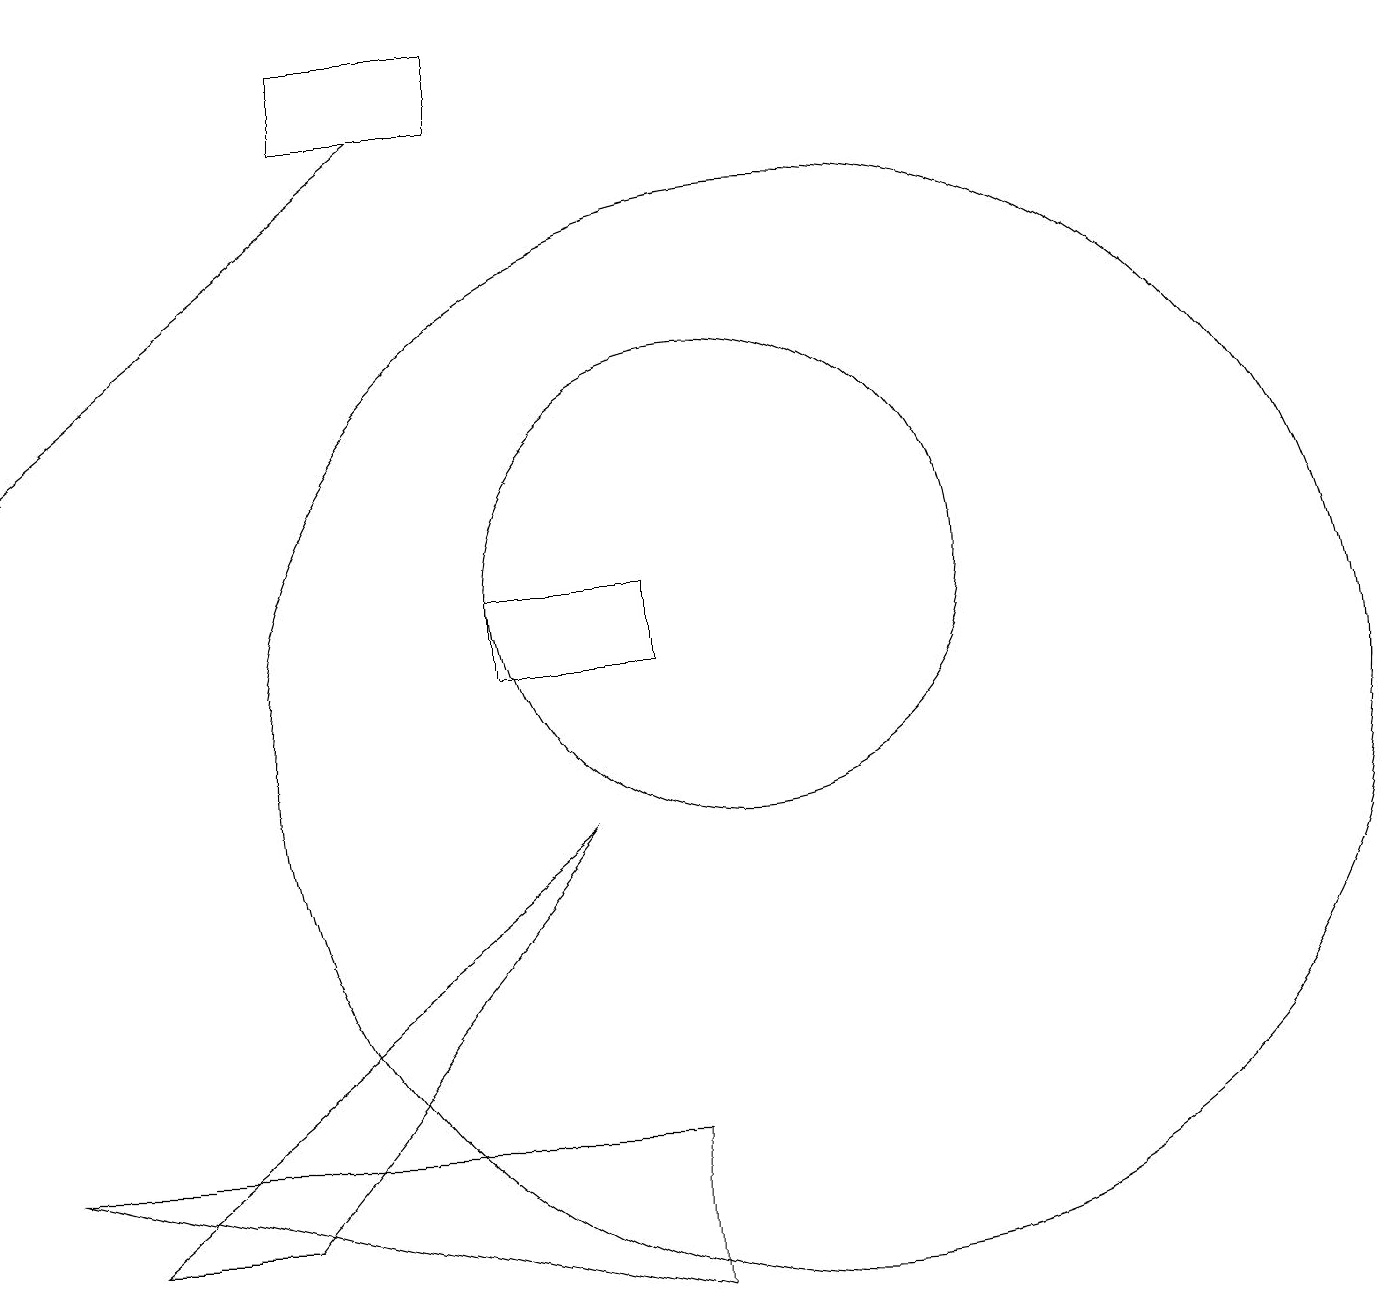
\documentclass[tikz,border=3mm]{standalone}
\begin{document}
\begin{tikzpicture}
\draw (2,4) -- (8,9) -- (4,4) -- cycle;
\draw (10,12) circle (3);
\draw (11,10) circle (7);
\draw[->] (6,18) -- (1,14);
\draw (1,5) -- (9,3) -- (9,5) -- cycle;
\draw (7,19) rectangle (5,18);
\draw (7,11) rectangle (9,12);
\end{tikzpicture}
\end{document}